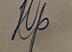
Signature authenticity: forged